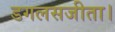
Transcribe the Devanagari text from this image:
डगलसजीता।